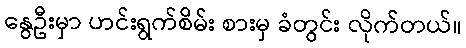
နွေဦးမှာ ဟင်းရွက်စိမ်း စားမှ ခံတွင်း လိုက်တယ်။